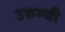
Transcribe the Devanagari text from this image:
उरुम्ची